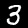
Label: 3